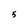
Character: 5